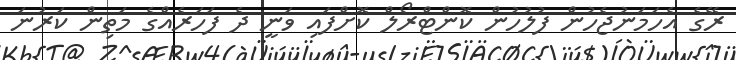
ރޭގެ އެހަމަނުޖެހުން ފުލުހުން ކޮންޓްރޯލް ކޮށްފައި ވަނީ ދެ ފަހަރެއްގެ މަތިން ކަރުނަ